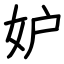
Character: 妒